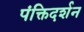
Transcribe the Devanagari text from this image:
पंक्तिदर्शन